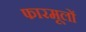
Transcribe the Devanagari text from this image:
फारमूलों